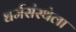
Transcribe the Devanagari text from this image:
धर्मसंस्थेला